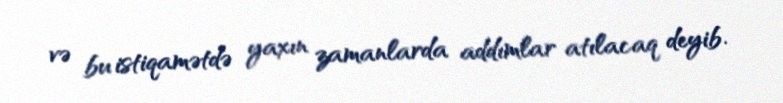
və bu istiqamətdə yaxın zamanlarda addımlar atılacaq deyib.